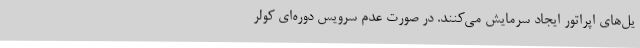
یل‌های اپراتور ایجاد سرمایش می‌کنند. در صورت عدم سرویس دوره‌ای کولر